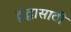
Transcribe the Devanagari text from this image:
द्वंद्वासाठी